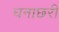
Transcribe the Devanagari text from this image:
घनाछरी